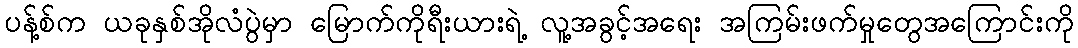
ပန့်စ်က ယခုနှစ်အိုလံပွဲမှာ မြောက်ကိုရီးယားရဲ့ လူ့အခွင့်အရေး အကြမ်းဖက်မှုတွေအကြောင်းကို